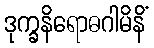
ဒုက္ခနိရောဓဂါမိနိံ